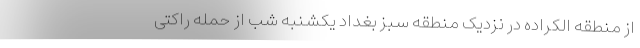
از منطقه الکراده در نزدیک منطقه سبز بغداد یکشنبه شب از حمله راکتی